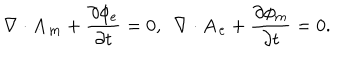
LaTeX: \nabla \cdot \mathbf { A _ { m } } + \frac { \partial \phi _ { e } } { \partial t } = 0 , ~ ~ \nabla \cdot \mathbf { A _ { e } } + \frac { \partial \phi _ { m } } { \partial t } = 0 .